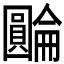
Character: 𡈺